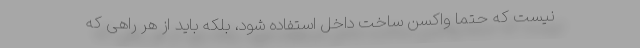
نیست که حتما واکسن ساخت داخل استفاده شود، بلکه باید از هر راهی که